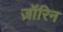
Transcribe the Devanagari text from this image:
ज़ॉरिन